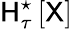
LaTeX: \mathsf{H}_{\tau}^{\star}\left[\mathsf{X}\right]